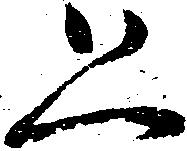
恐